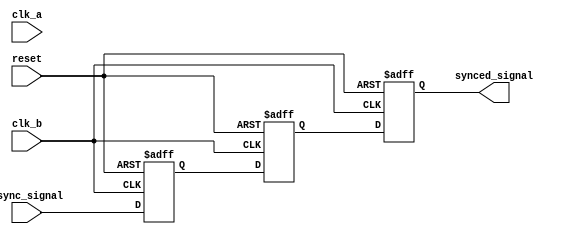
module signal_level_crossing_synchronizer #(
    parameter WIDTH = 1 // Width of the input signal
)(
    input  wire          clk_a,          // Clock for Domain A
    input  wire          clk_b,          // Clock for Domain B
    input  wire [WIDTH-1:0] async_signal, // Asynchronous input signal from Domain A
    input  wire          reset,          // Optional reset signal
    output reg  [WIDTH-1:0] synced_signal // Synchronized output signal in Domain B
);

    // Intermediate signals for flip-flops
    reg [WIDTH-1:0] ff1; // First flip-flop output
    reg [WIDTH-1:0] ff2; // Second flip-flop output

    // Synchronous reset and sampling in Domain B
    always @(posedge clk_b or posedge reset) begin
        if (reset) begin
            ff1 <= {WIDTH{1'b0}}; // Reset first flip-flop
            ff2 <= {WIDTH{1'b0}}; // Reset second flip-flop
            synced_signal <= {WIDTH{1'b0}}; // Reset output signal
        end else begin
            ff1 <= async_signal; // Sample the asynchronous signal
            ff2 <= ff1;          // Capture the output of the first flip-flop
            synced_signal <= ff2; // Output the stabilized signal
        end
    end

endmodule